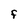
Character: F